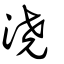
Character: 澆